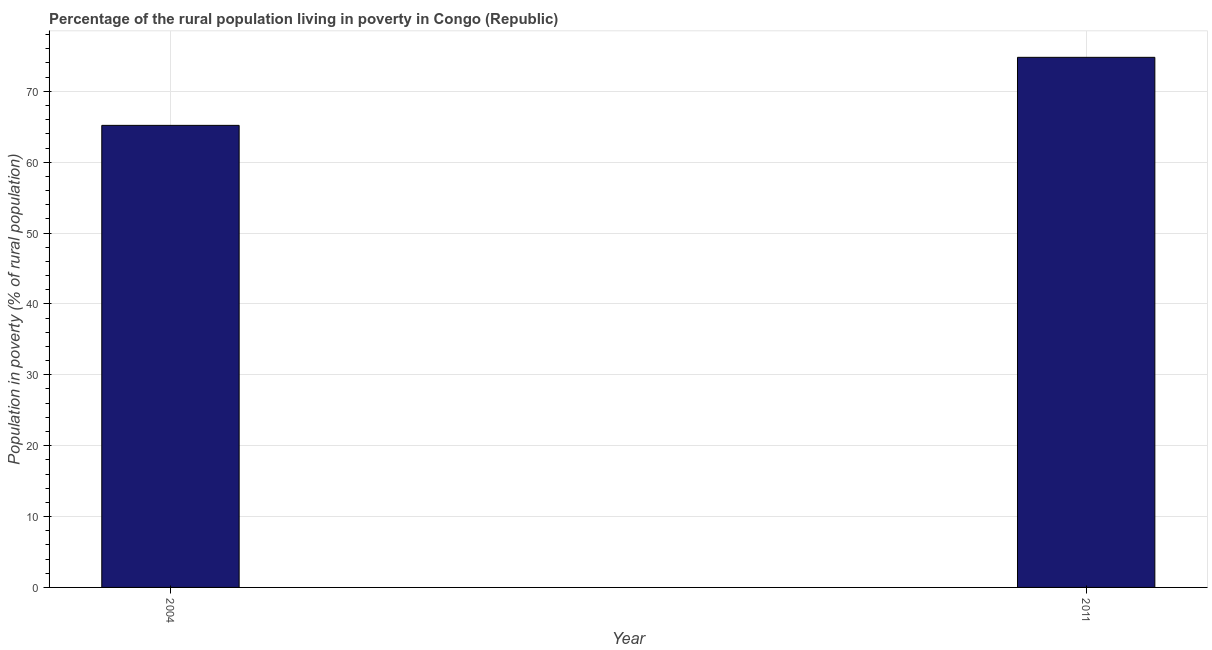
| Year | Rural poverty headcount ratio |
 | --- | --- |
 | 2004 | 65.2 |
 | 2011 | 74.8 |